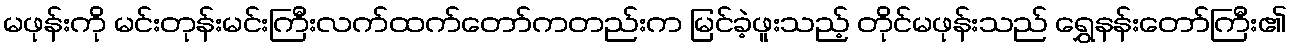
မဖုန်းကို မင်းတုန်းမင်းကြီးလက်ထက်တော်ကတည်းက မြင်ခဲ့ဖူးသည့် တိုင်မဖုန်းသည် ရွှေနန်းတော်ကြီး၏